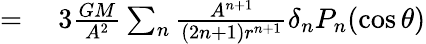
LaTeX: \begin{array}{rl}{={}}&{{}3{\frac{GM}{A^{2}}}\sum_{n}{\frac{A^{n+1}}{(2n+1)r^{n+1}}}\delta_{n}P_{n}(\cos\theta)}\end{array}